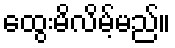
ထွေးမိလိမ့်မည်။